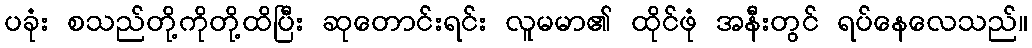
ပခုံး စသည်တို့ကိုတို့ထိပြီး ဆုတောင်းရင်း လူမမာ၏ ထိုင်ဖုံ အနီးတွင် ရပ်နေလေသည်။